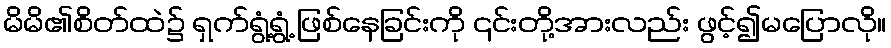
မိမိ၏စိတ်ထဲ၌ ရှက်ရွံ့ရွံ့ ဖြစ်နေခြင်းကို ၎င်းတို့အားလည်း ဖွင့်၍မပြောလို။